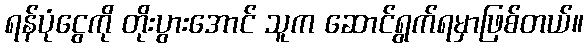
ရန်ပုံငွေကို တိုးပွားအောင် သူက ဆောင်ရွက်ရမှာဖြစ်တယ်။